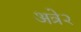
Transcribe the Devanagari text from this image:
अत्रे२